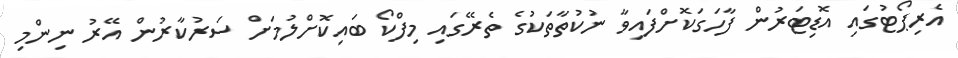
އެރިޕޯޓުގައި އޮޑިޓަރުން ފާހަގަކޮށްފައިވާ ނުކުތާތަކުގެ ތެރޭގައި މިފްކޯ ބައިކޮށްލުމަށް ސަރުކާރުން އޭރު ނިންމި